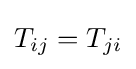
T_{ij}=T_{ji}